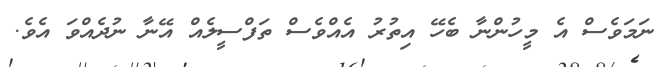
ނަމަވެސް އެ މީހުންނާ ބެހޭ އިތުރު އެއްވެސް ތަފްސީލެއް އޭނާ ނުދެއްވަ އެވެ.